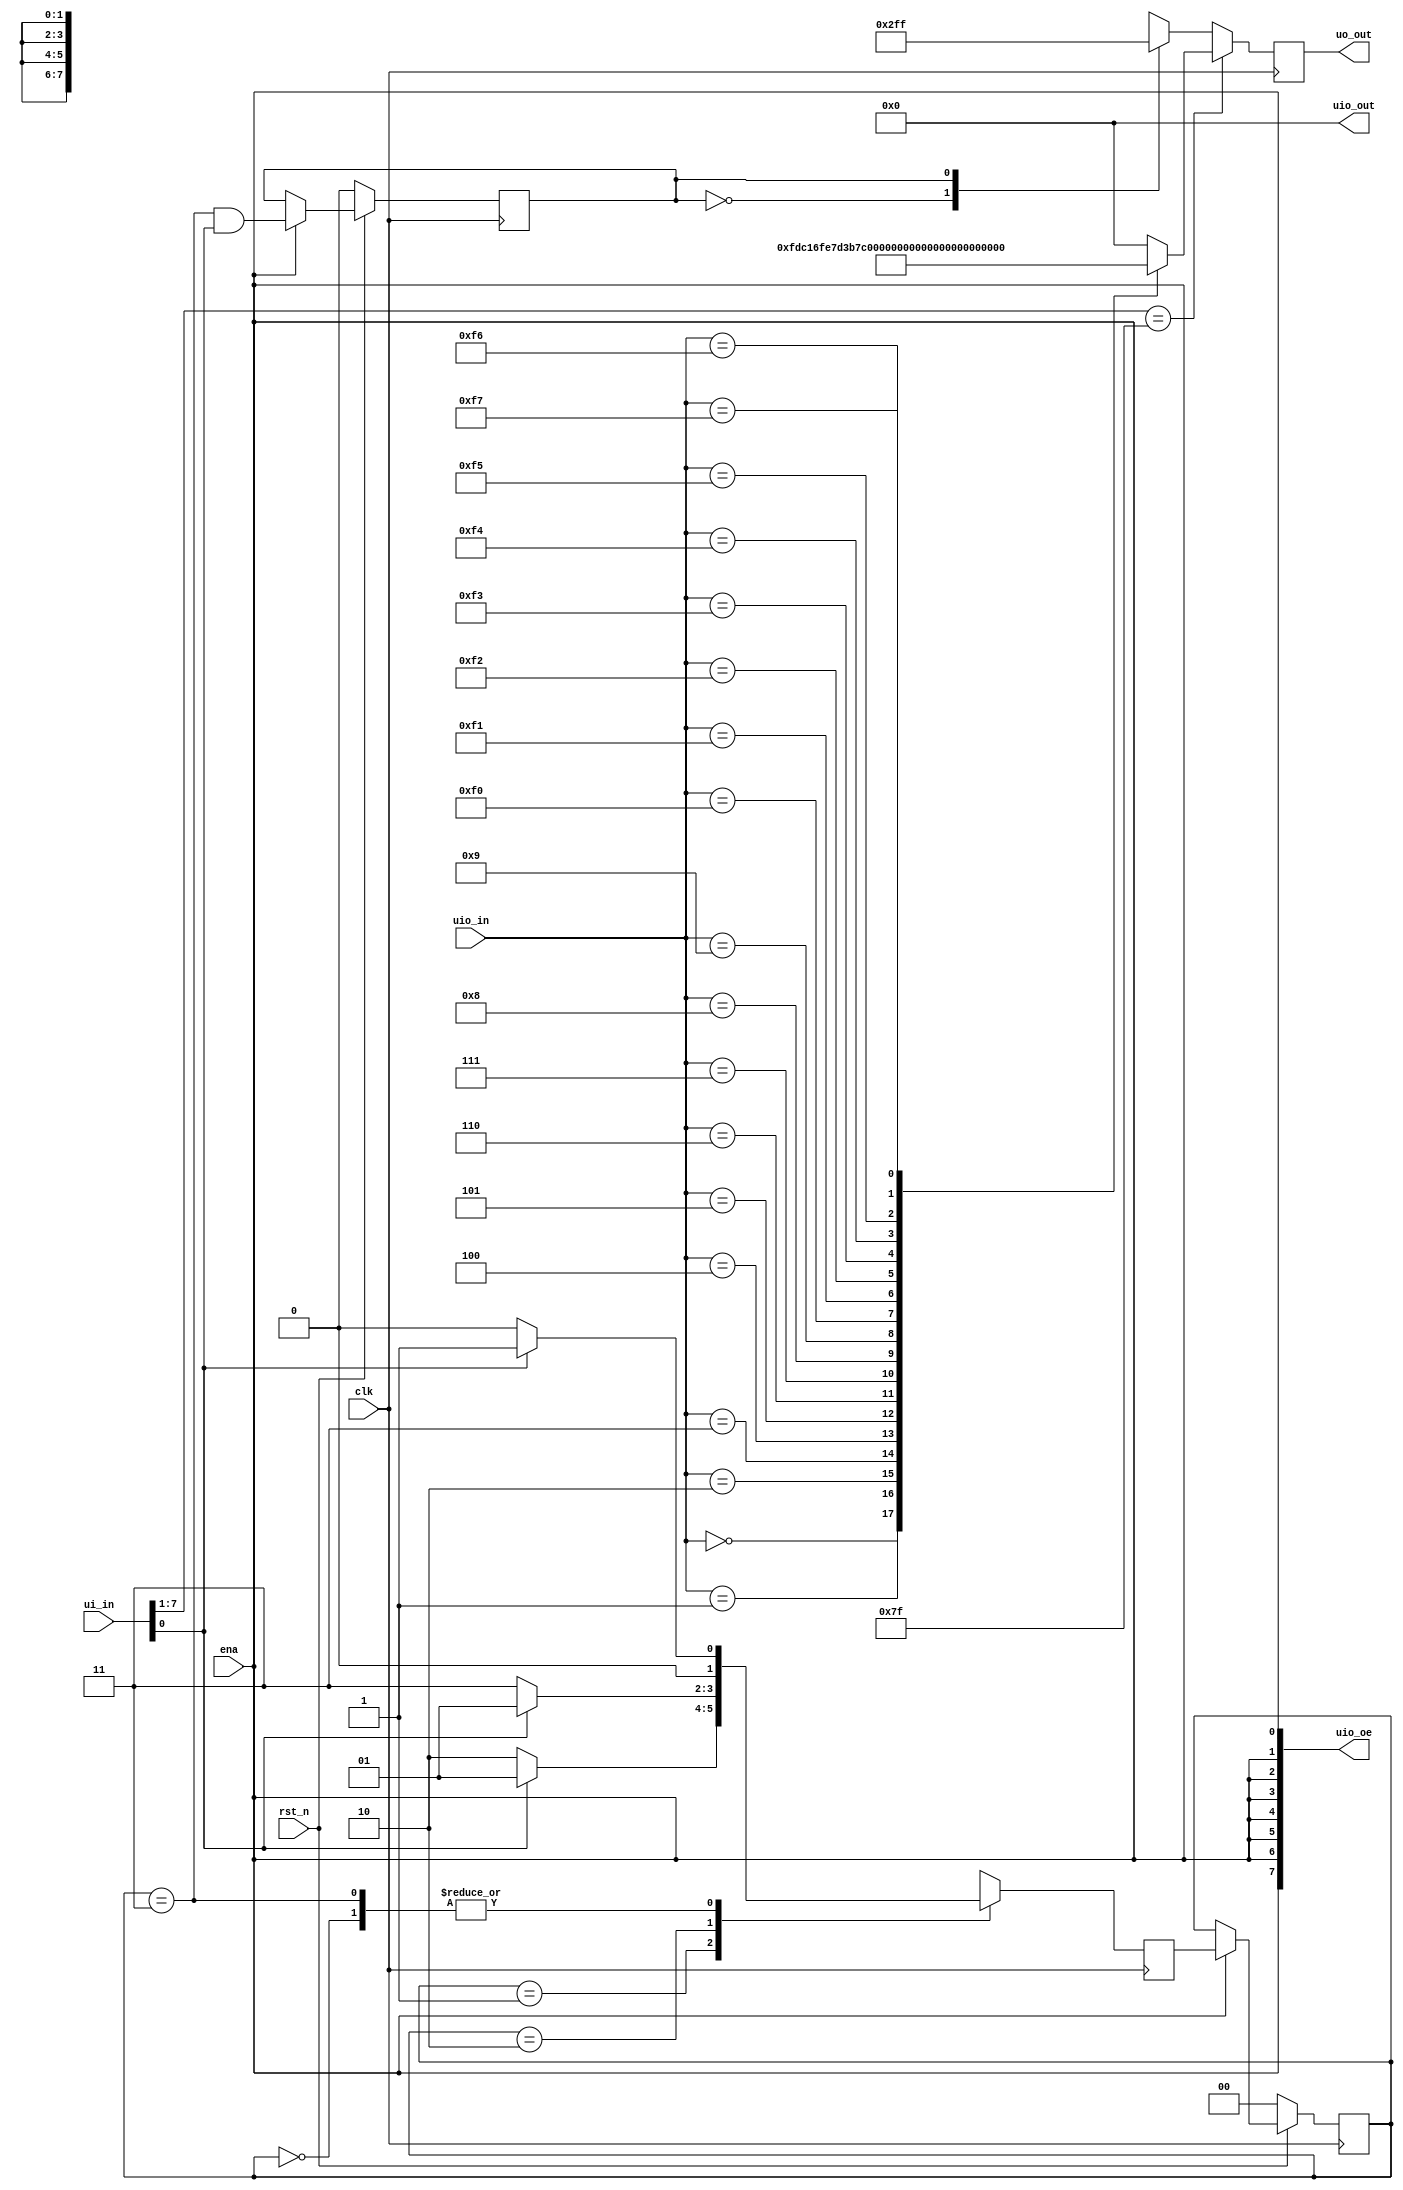
module tt_um_3515_sequenceDetector (
    input  wire [7:0] ui_in,    // Dedicated inputs
    input  wire [7:0] uio_in,   // IOs: Input path
    output wire [7:0] uo_out,   // Dedicated outputs
    output wire [7:0] uio_out,  // IOs: Output path
    output wire [7:0] uio_oe,   // IOs: Enable path (active high: 0=input, 1=output)
    input  wire       ena,      // will go high when the design is enabled
    input  wire       clk,      // clock
    input  wire       rst_n     // reset_n - low to reset
);
    reg [7:0] seg;                // 7-segment display output
    reg [1:0] PS, NS;             // State registers
    reg z;                        // Sequence detection flag

    wire x = ui_in[0];            // Extract LSB of ui_in as x

    assign uo_out = seg;          // Connect 7-segment output to dedicated output
    assign uio_out = 8'b0;        // Connect all bits of uio_out to ground

    // Replicate ena to match the width of uio_oe
    assign uio_oe = {8{ena}};

    reg [7:0] seg_test = uio_in[7:0]; // Extract 8-bit input for segment test
    reg [6:0] condition = ui_in[7:1]; // Adjusted width to match ui_in range

    // Sequential logic for segment selection and sequence detection
    always @(posedge clk) begin
        if (condition == 7'b1111111) begin // Check if condition is met
            case (seg_test) // Select segment based on input pattern
                8'b00000000 : seg <= 8'b11111101;   // display 0.
                8'b00000001 : seg <= 8'b11000001;   // display 1.
                8'b00000010 : seg <= 8'b01101111;   // display 2.
                8'b00000011 : seg <= 8'b11100111;   // display 3.
                8'b00000100 : seg <= 8'b11010011;   // display 4.
                8'b00000101 : seg <= 8'b10110111;   // display 5.
                8'b00000110 : seg <= 8'b10111111;   // display 6.
                8'b00000111 : seg <= 8'b11100001;   // display 7.
                8'b00001000 : seg <= 8'b11111111;   // display 8.
                8'b00001001 : seg <= 8'b11110111;   // display 9.
                // Additional cases for other segments
                8'b11110000 : seg <= 8'b10000000;   // glow led 1
                8'b11110001 : seg <= 8'b01000000;   // glow led 2
                8'b11110010 : seg <= 8'b00100000;   // glow led 3
                8'b11110011 : seg <= 8'b00010000;   // glow led 4
                8'b11110100 : seg <= 8'b00001000;   // glow led 5
                8'b11110101 : seg <= 8'b00000100;   // glow led 6
                8'b11110110 : seg <= 8'b00000010;   // glow led 7
                8'b11110111 : seg <= 8'b00000001;   // glow led 8
                default     : seg <= 8'b00000000;    // Default value if none of the above match
            endcase
        end else begin
            // Display '-' on 7-segment if sequence not detected, else display '8.'
            case (z)
                1'b0: seg <= 8'b00000010; // Display '-' on 7-segment (sequence not detected)
                1'b1: seg <= 8'b11111111; // Display '8.' on 7-segment (sequence detected)
            endcase;
        end
    end

    // State machine for sequence detection
    always @(posedge clk) begin
        if (!rst_n) begin
            PS <= 2'b00; // Initialize state to S0
            z <= 1'b0;   // Reset sequence detection flag
        end else begin
            if (ena) begin // Check if module is enabled
                PS <= NS; // Update state based on next state
                // Set sequence detection flag if in state S3 and x is 1
                z <= (PS == 2'b11) && (x == 1'b1);
            end
        end
    end

    // Next state logic for state machine
    always @(posedge clk) begin
        case (PS)
            2'b00: NS <= x ? 2'b01 : 2'b00; // S0, Next state is S1 if x is 1, else remain in S0
            2'b01: NS <= x ? 2'b01 : 2'b10; // S1, Next state is S1 if x is 1, else transition to S2
            2'b10: NS <= x ? 2'b01 : 2'b11; // S2, Next state is S3 if x is 0, else return to S0
            2'b11: NS <= x ? 2'b01 : 2'b00; // S3, Always return to S0
        endcase
    end

endmodule